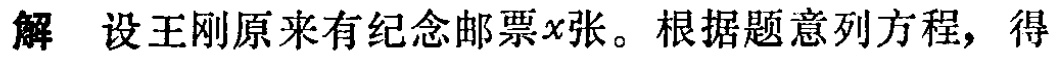
解 设王刚原来有纪念邮票\(x\)张。根据题意列方程，得